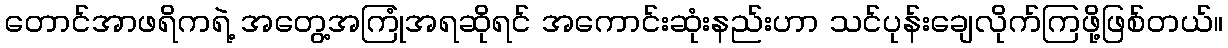
တောင်အာဖရိကရဲ့ အတွေ့အကြုံအရဆိုရင် အကောင်းဆုံးနည်းဟာ သင်ပုန်းချေလိုက်ကြဖို့ဖြစ်တယ်။